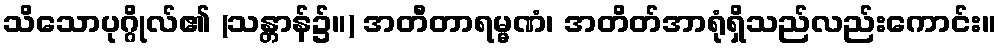
သိသောပုဂ္ဂိုလ်၏ (သန္တာန်၌။) အတီတာရမ္မဏံ၊ အတိတ်အာရုံရှိသည်လည်းကောင်း။